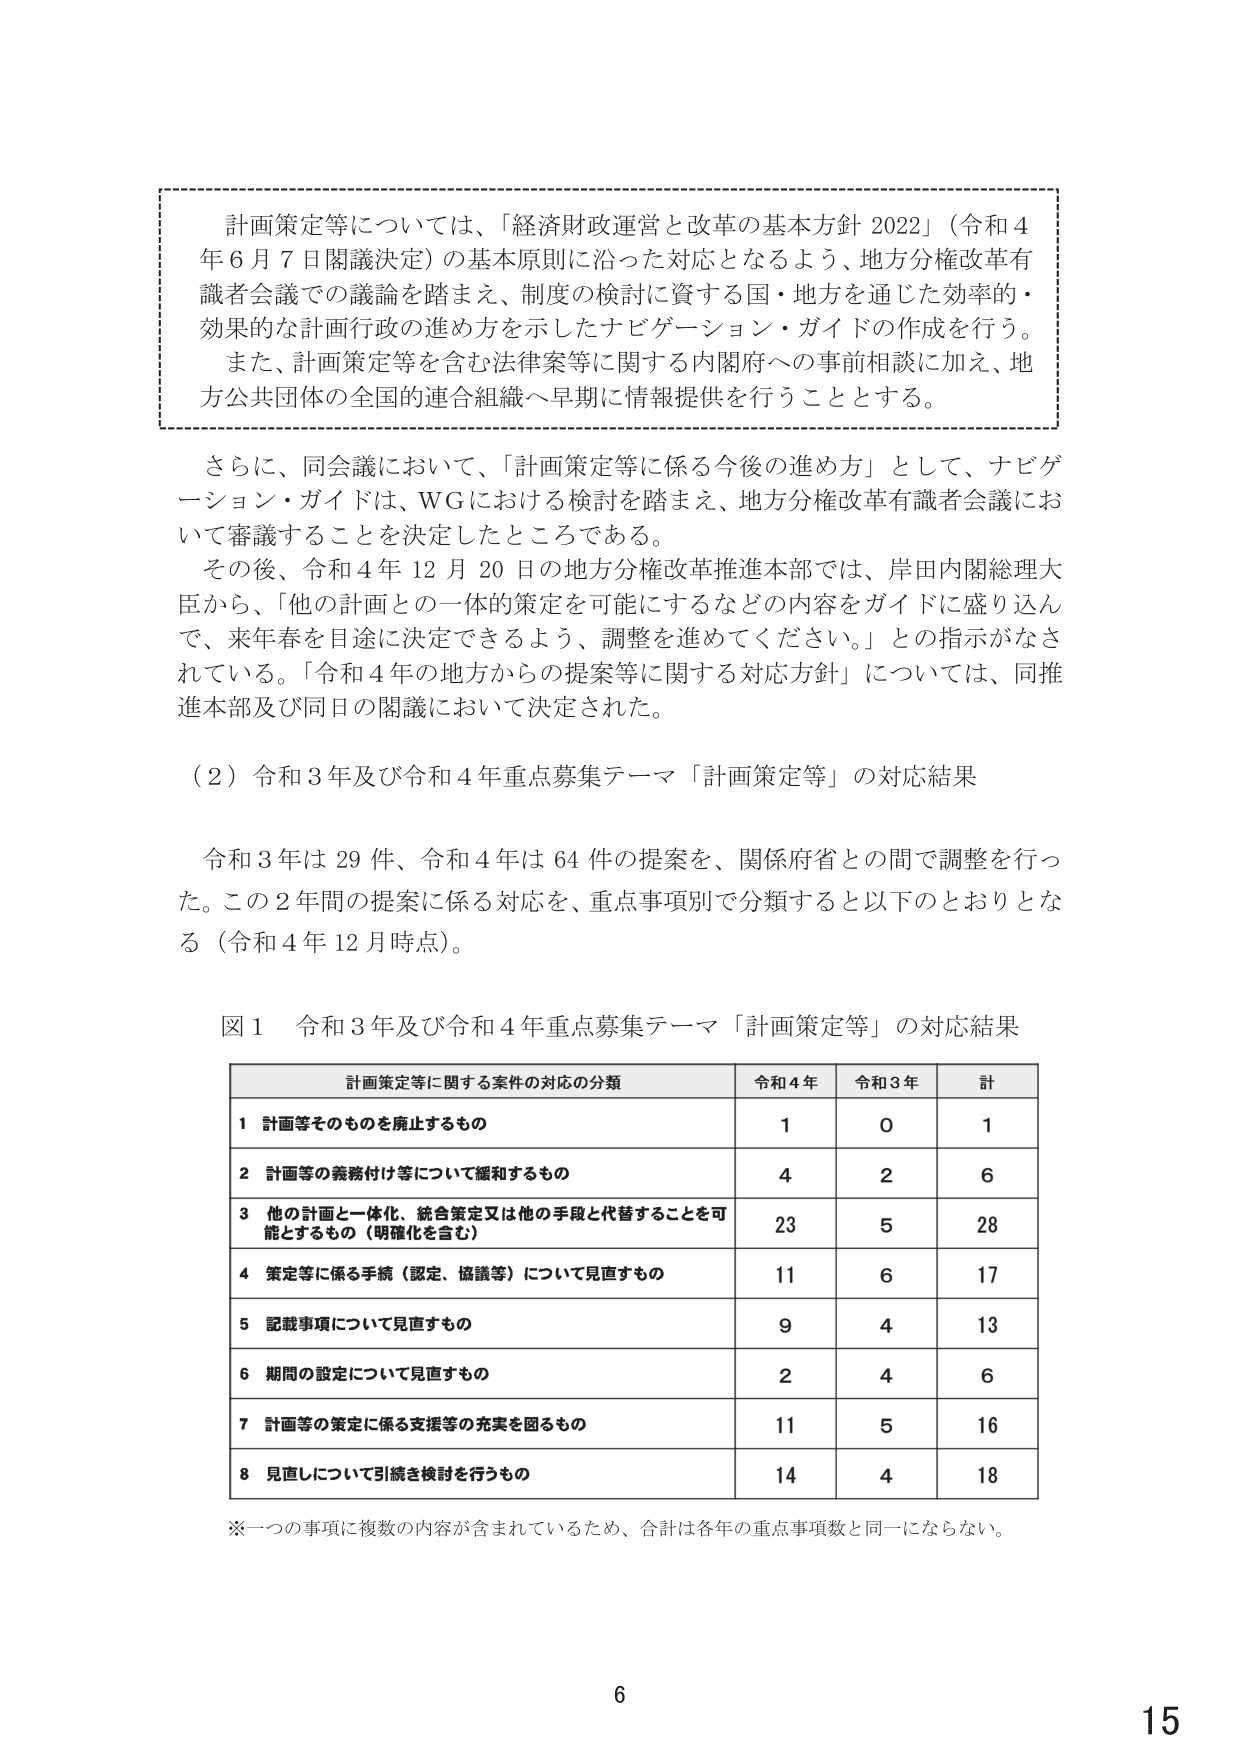
計画策定等については、「経済財政運営と改革の基本方針 2022」（令和4年6月7日閣議決定）の基本原則に沿った対応となるよう、地方分権改革有識者会議での議論を踏まえ、制度の検討に資する国・地方を通じた効率的・効果的な計画行政の進め方を示したナビゲーション・ガイドの作成を行う。また、計画策定等を含む法律案等に関する内閣府への事前相談に加え、地方公共団体の全国的連合組織へ早期に情報提供を行うこととする。

さらに、同会議において、「計画策定等に係る今後の進め方」として、ナビゲーション・ガイドは、WGにおける検討を踏まえ、地方分権改革有識者会議において審議することを決定したところである。

その後、令和4年12月20日の地方分権改革推進本部では、岸田内閣総理大臣から、「他の計画との一体的策定を可能にするなどの内容をガイドに盛り込んで、来年春を目途に決定できるよう、調整を進めてください。」との指示がなされている。「令和4年の地方からの提案等に関する対応方針」については、同推進本部及び同日の閣議において決定された。

（2）令和3年及び令和4年重点募集テーマ「計画策定等」の対応結果

令和3年は29件、令和4年は64件の提案を、関係府省との間で調整を行った。この2年間の提案に係る対応を、重点事項別で分類すると以下のとおりとなる（令和4年12月時点）。

図1 令和3年及び令和4年重点募集テーマ「計画策定等」の対応結果

計画策定等に関する案件の対応の分類 令和4年 令和3年 計
1 計画等そのものを廃止するもの 1 0 1
2 計画等の義務付け等について緩和するもの 4 2 6
3 他の計画と一体化、統合策定又は他の手段と代替することを可能とするもの（明確化を含む） 23 5 28
4 策定等に係る手続（認定、協議等）について見直すもの 11 6 17
5 記載事項について見直すもの 9 4 13
6 期間の設定について見直すもの 2 4 6
7 計画等の策定に係る支援等の充実を図るもの 11 5 16
8 見直しについて引続き検討を行うもの 14 4 18

※一つの事項に複数の内容が含まれているため、合計は各年の重点事項数と同一にならない。

6
15